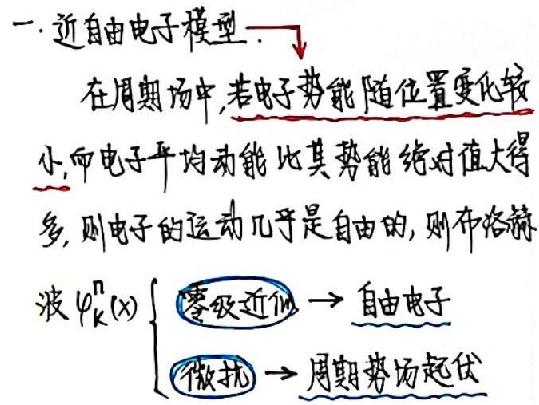
一. 近自由电子模型.\\
在周期场中, 若电子势能随位置变化较小, 而电子平均动能比其势能绝对值大得多, 则电子的运动几乎是自由的, 则布洛赫波\($\psi_{\mathbf{k}}^{n}(x)$\begin{cases}\)零级近似\(\rightarrow\)自由电子微扰\(\rightarrow\)周期势场起伏\end{cases}